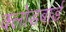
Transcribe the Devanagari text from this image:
क्लोडबार्ड